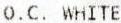
O.C. WHITE